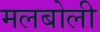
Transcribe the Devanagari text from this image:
मलबोली